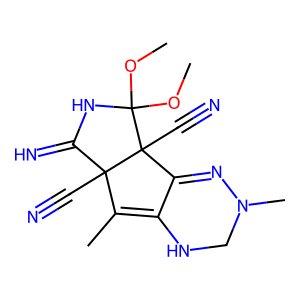
SMILES: COC1(OC)NC(=N)C2(C#N)C(C)=C3NCN(C)N=C3C12C#N
Inhibits HIV replication: No